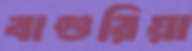
বাগুরিয়া